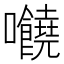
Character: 𡆁